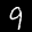
Label: 9